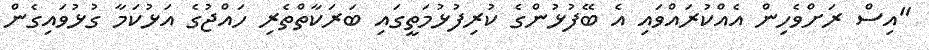
"އިސް ރަށްވެހިން އެއްކުރައްވައި އެ ބޭފުޅުންގެ ކުރިފުޅުމަތީގައި ބަރަކާތްތެރި ހައްޖުގެ އަޅުކަމާ ގުޅުވައިގެން